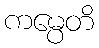
ကမ္ပေတိ